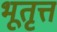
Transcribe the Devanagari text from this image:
भूतृत्त